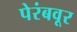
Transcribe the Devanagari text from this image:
पेरंबवूर